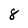
Character: 8